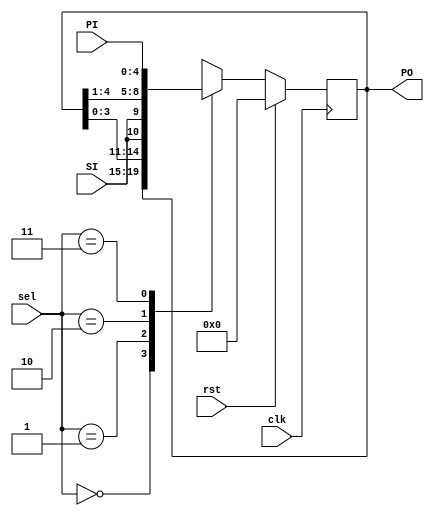
// This program was cloned from: https://github.com/paollacq/Verilog
// License: MIT License

/**************************************************
P1.1 5-bit UNIVERSAL SHIFT REGISTER
************************************************/

module USR(PO,PI,sel,clk,rst,SI);
	input [1:0] sel;
	input [4:0] PI;
	input  clk, rst,SI;
	output reg[4:0] PO; 
	
	
	always@(posedge clk)
	if (rst) 
		PO <= 5'd0;
	else begin case(sel)
	
			2'b00 : PO <= PO;
			2'b01 : PO <= {PO[3:0],SI};
			2'b10 : PO <= {SI,PO[4:1]};
			2'b11 : PO <= PI;  
			default : PO <= 0;
	
		endcase
		end
	assign SO = (sel == 2'b01) ? PO[4] : PO[0] ;

	
endmodule